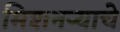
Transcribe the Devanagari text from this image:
मिशनर्‍याचे